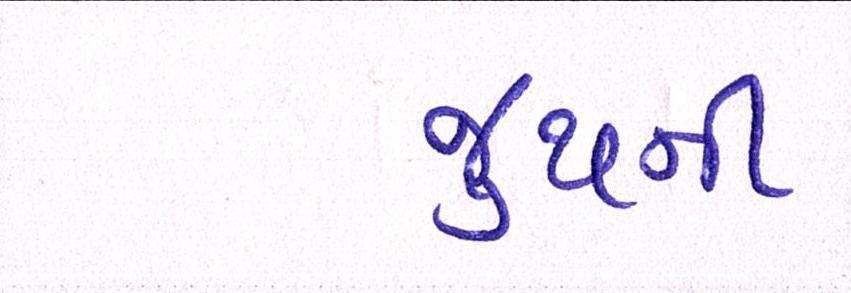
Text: જુથની